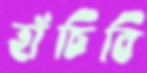
হাঁচিবি